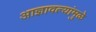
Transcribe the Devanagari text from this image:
आज्ञावल्यांमुळे